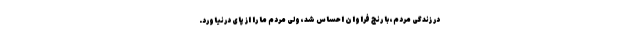
در زندگی مردم، با رنج فراوان احساس شد، ولی مردم ما را از پای درنیاورد.